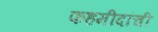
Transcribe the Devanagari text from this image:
फहमीदांची